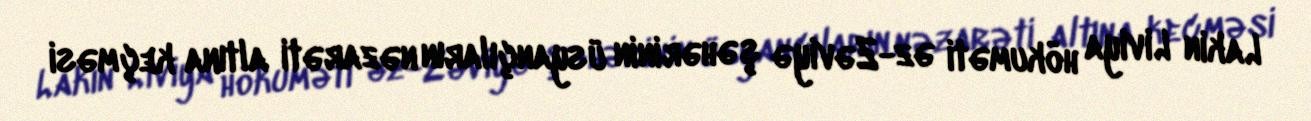
Lakin Liviya hökuməti əz-Zəviyə şəhərinin üsyançıların nəzarəti altına keçməsi